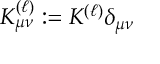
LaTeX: K _ { \mu \nu } ^ { ( \ell ) } : = K ^ { ( \ell ) } \delta _ { \mu \nu }